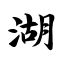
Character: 湖